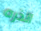
الذره